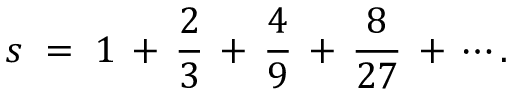
s \; = \; 1 \, + \, { \frac { 2 } { 3 } } \, + \, { \frac { 4 } { 9 } } \, + \, { \frac { 8 } { 2 7 } } \, + \, \cdots .